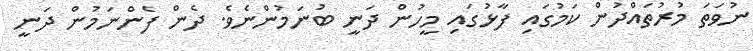
ނުވަތަ މުރުތައްދުން ކަމުގައި ފާޅުގައި މީހުން ދަނީ ބުނަމުންނެވެ. ދެން ފެންނަމުން ދަނީ